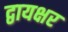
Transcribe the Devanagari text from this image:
द्वायक्षर